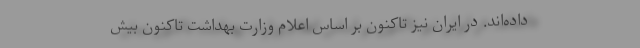
داده‌اند. در ایران نیز تاکنون بر اساس اعلام وزارت بهداشت تاکنون بیش